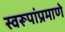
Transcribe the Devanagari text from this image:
स्वरूपांप्रमाणे